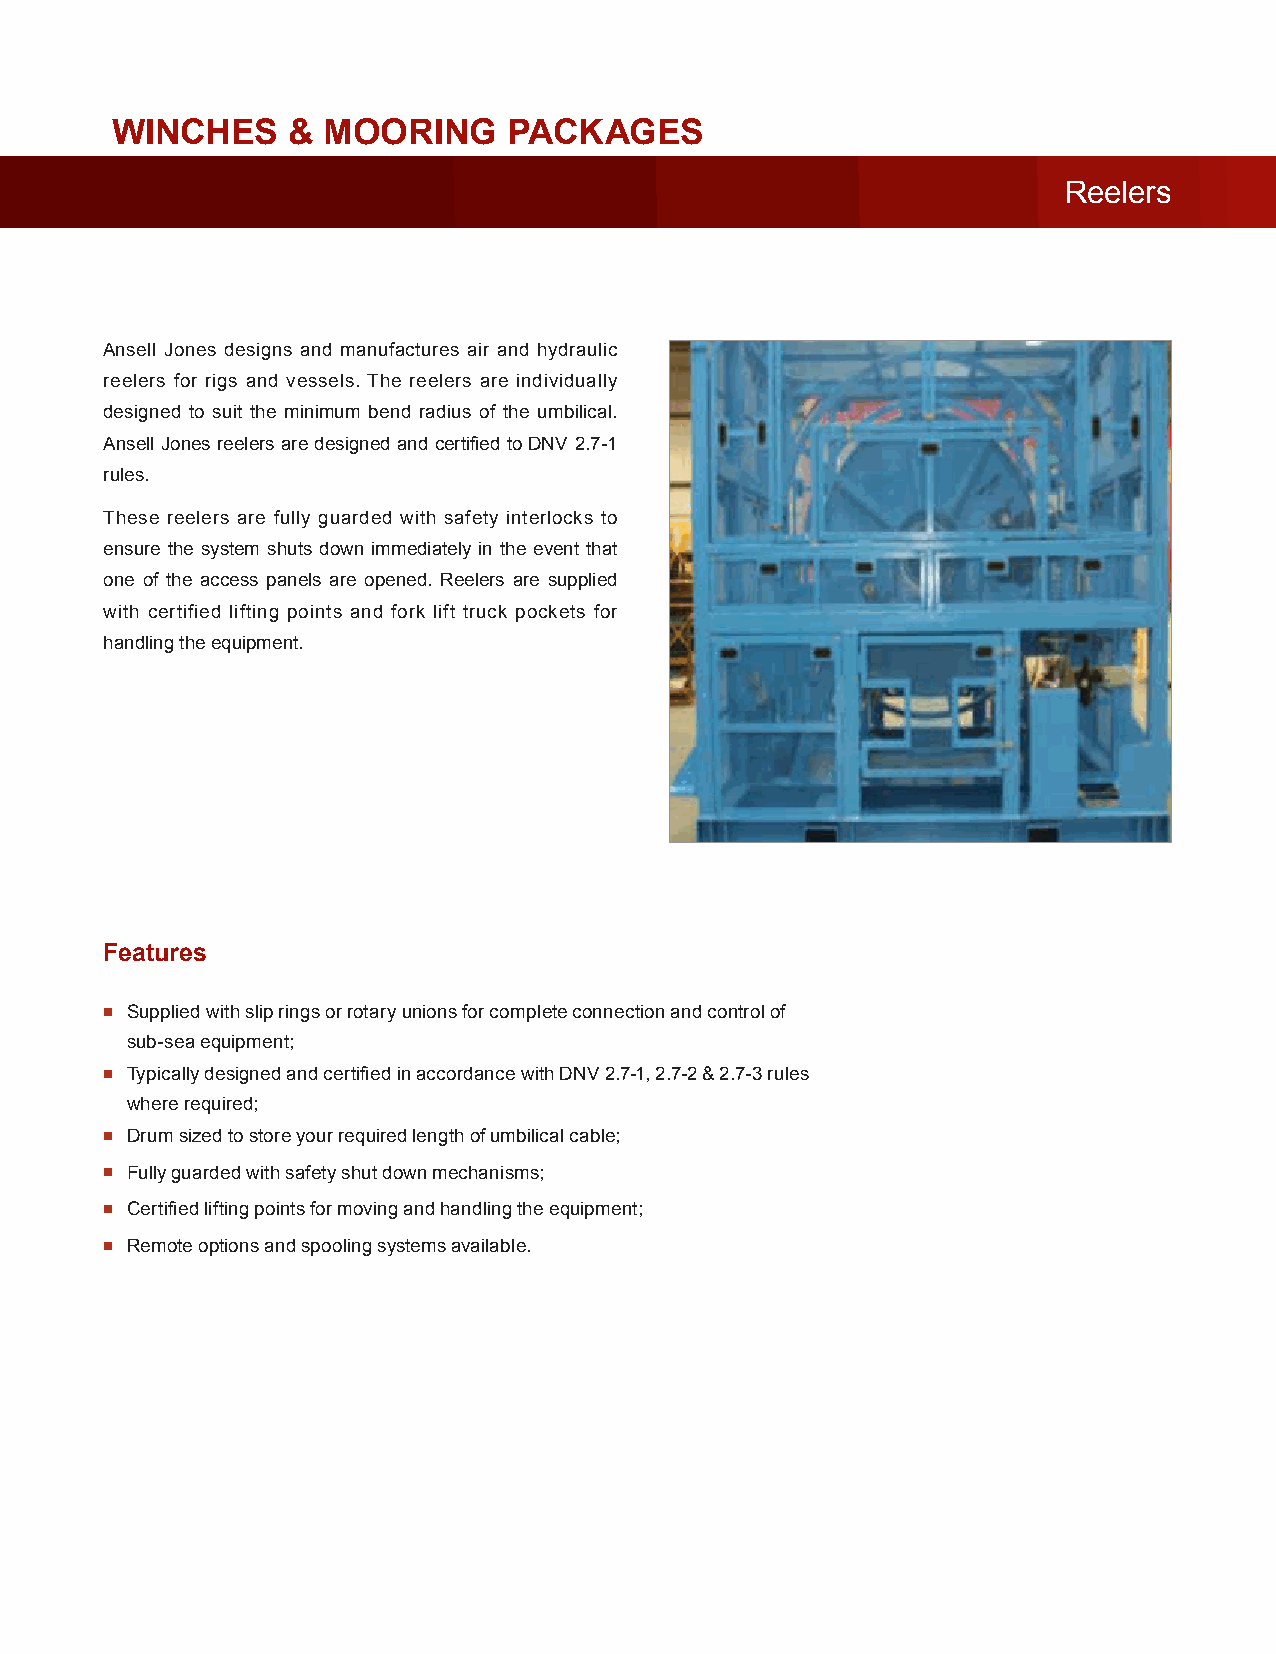
WINCHES     & MOORING      PACKAGES
 Reelers
 Ansell Jones designs and manufactures air and hydraulic
 reelers for rigs and vessels. The reelers are individually
 designed to suit the minimum bend radius of the umbilical.
 Ansell Jones reelers are designed and certified to DNV 2.7-1
 rules.
 These reelers are fully guarded with safety interlocks to
 ensure the system shuts down immediately in the event that
 one of the access panels are opened. Reelers are supplied
 with certified lifting points and fork lift truck pockets for
 handling the equipment.
 Features
 ▪ Supplied with slip rings or rotary unions for complete connection and control of
 sub-sea equipment;
 ▪ Typically designed and certified in accordance with DNV 2.7-1, 2.7-2 & 2.7-3 rules
 where required;
 ▪ Drum sized to store your required length of umbilical cable;
 ▪ Fully guarded with safety shut down mechanisms;
 ▪ Certified lifting points for moving and handling the equipment;
 ▪ Remote options and spooling systems available.